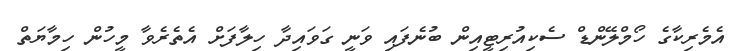
އެމެރިކާގެ ހޯމްލޭންޑް ސެކިއުރިޓީއިން ބުނެފައި ވަނީ ގަވައިދާ ހިލާފަށް އެތެރެވާ މީހުން ހިމާޔަތް